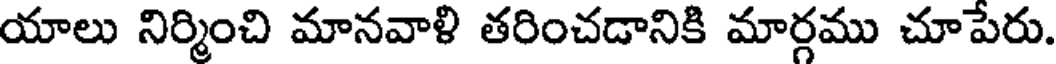
యాలు నిర్మించి మానవాళి తరించడానికి మార్గము చూపేరు.